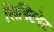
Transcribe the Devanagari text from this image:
लिफ्टिनेट